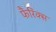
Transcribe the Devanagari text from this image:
फैरिंक्स